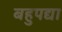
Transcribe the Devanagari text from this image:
बहुपद्या